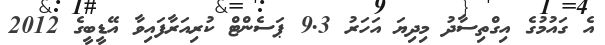
އެ ގައުމުގެ އިގްތިސާދު މިދިޔަ އަހަރު 9.3 ޕަސެންޓް ކުރިއަރާފައިވާ އޭޑީބީގެ 2012